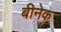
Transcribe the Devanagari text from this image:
बीनेक